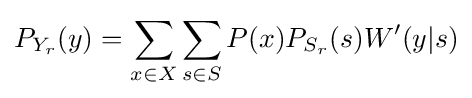
\displaystyle P_{Y_{r}}(y)=\sum _{x\in X}\sum _{s\in S}P(x)P_{S_{r}}(s)W'(y|s)